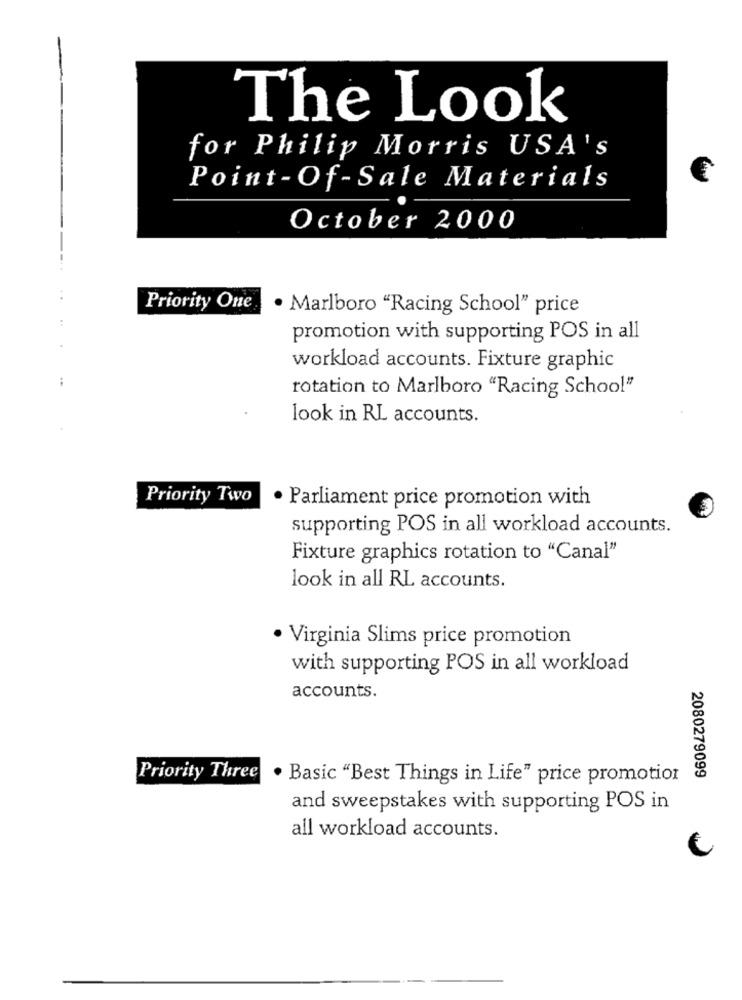
The Look
for Philip Morris USA's
Point-Of-Sale Materials
October 2000
Priority One
· Marlboro "Racing School" price
promotion with supporting POS in all
workload accounts. Fixture graphic
:
rotation to Marlboro "Racing School"
look in RL accounts.
Priority Two
· Parliament price promotion with
supporting POS in all workload accounts.
Fixture graphics rotation to "Canal"
look in all RL accounts.
· Virginia Slims price promotion
with supporting POS in all workload
accounts.
2080279099
Priority Three
· Basic "Best Things in Life" price promotion
and sweepstakes with supporting POS in
all workload accounts.